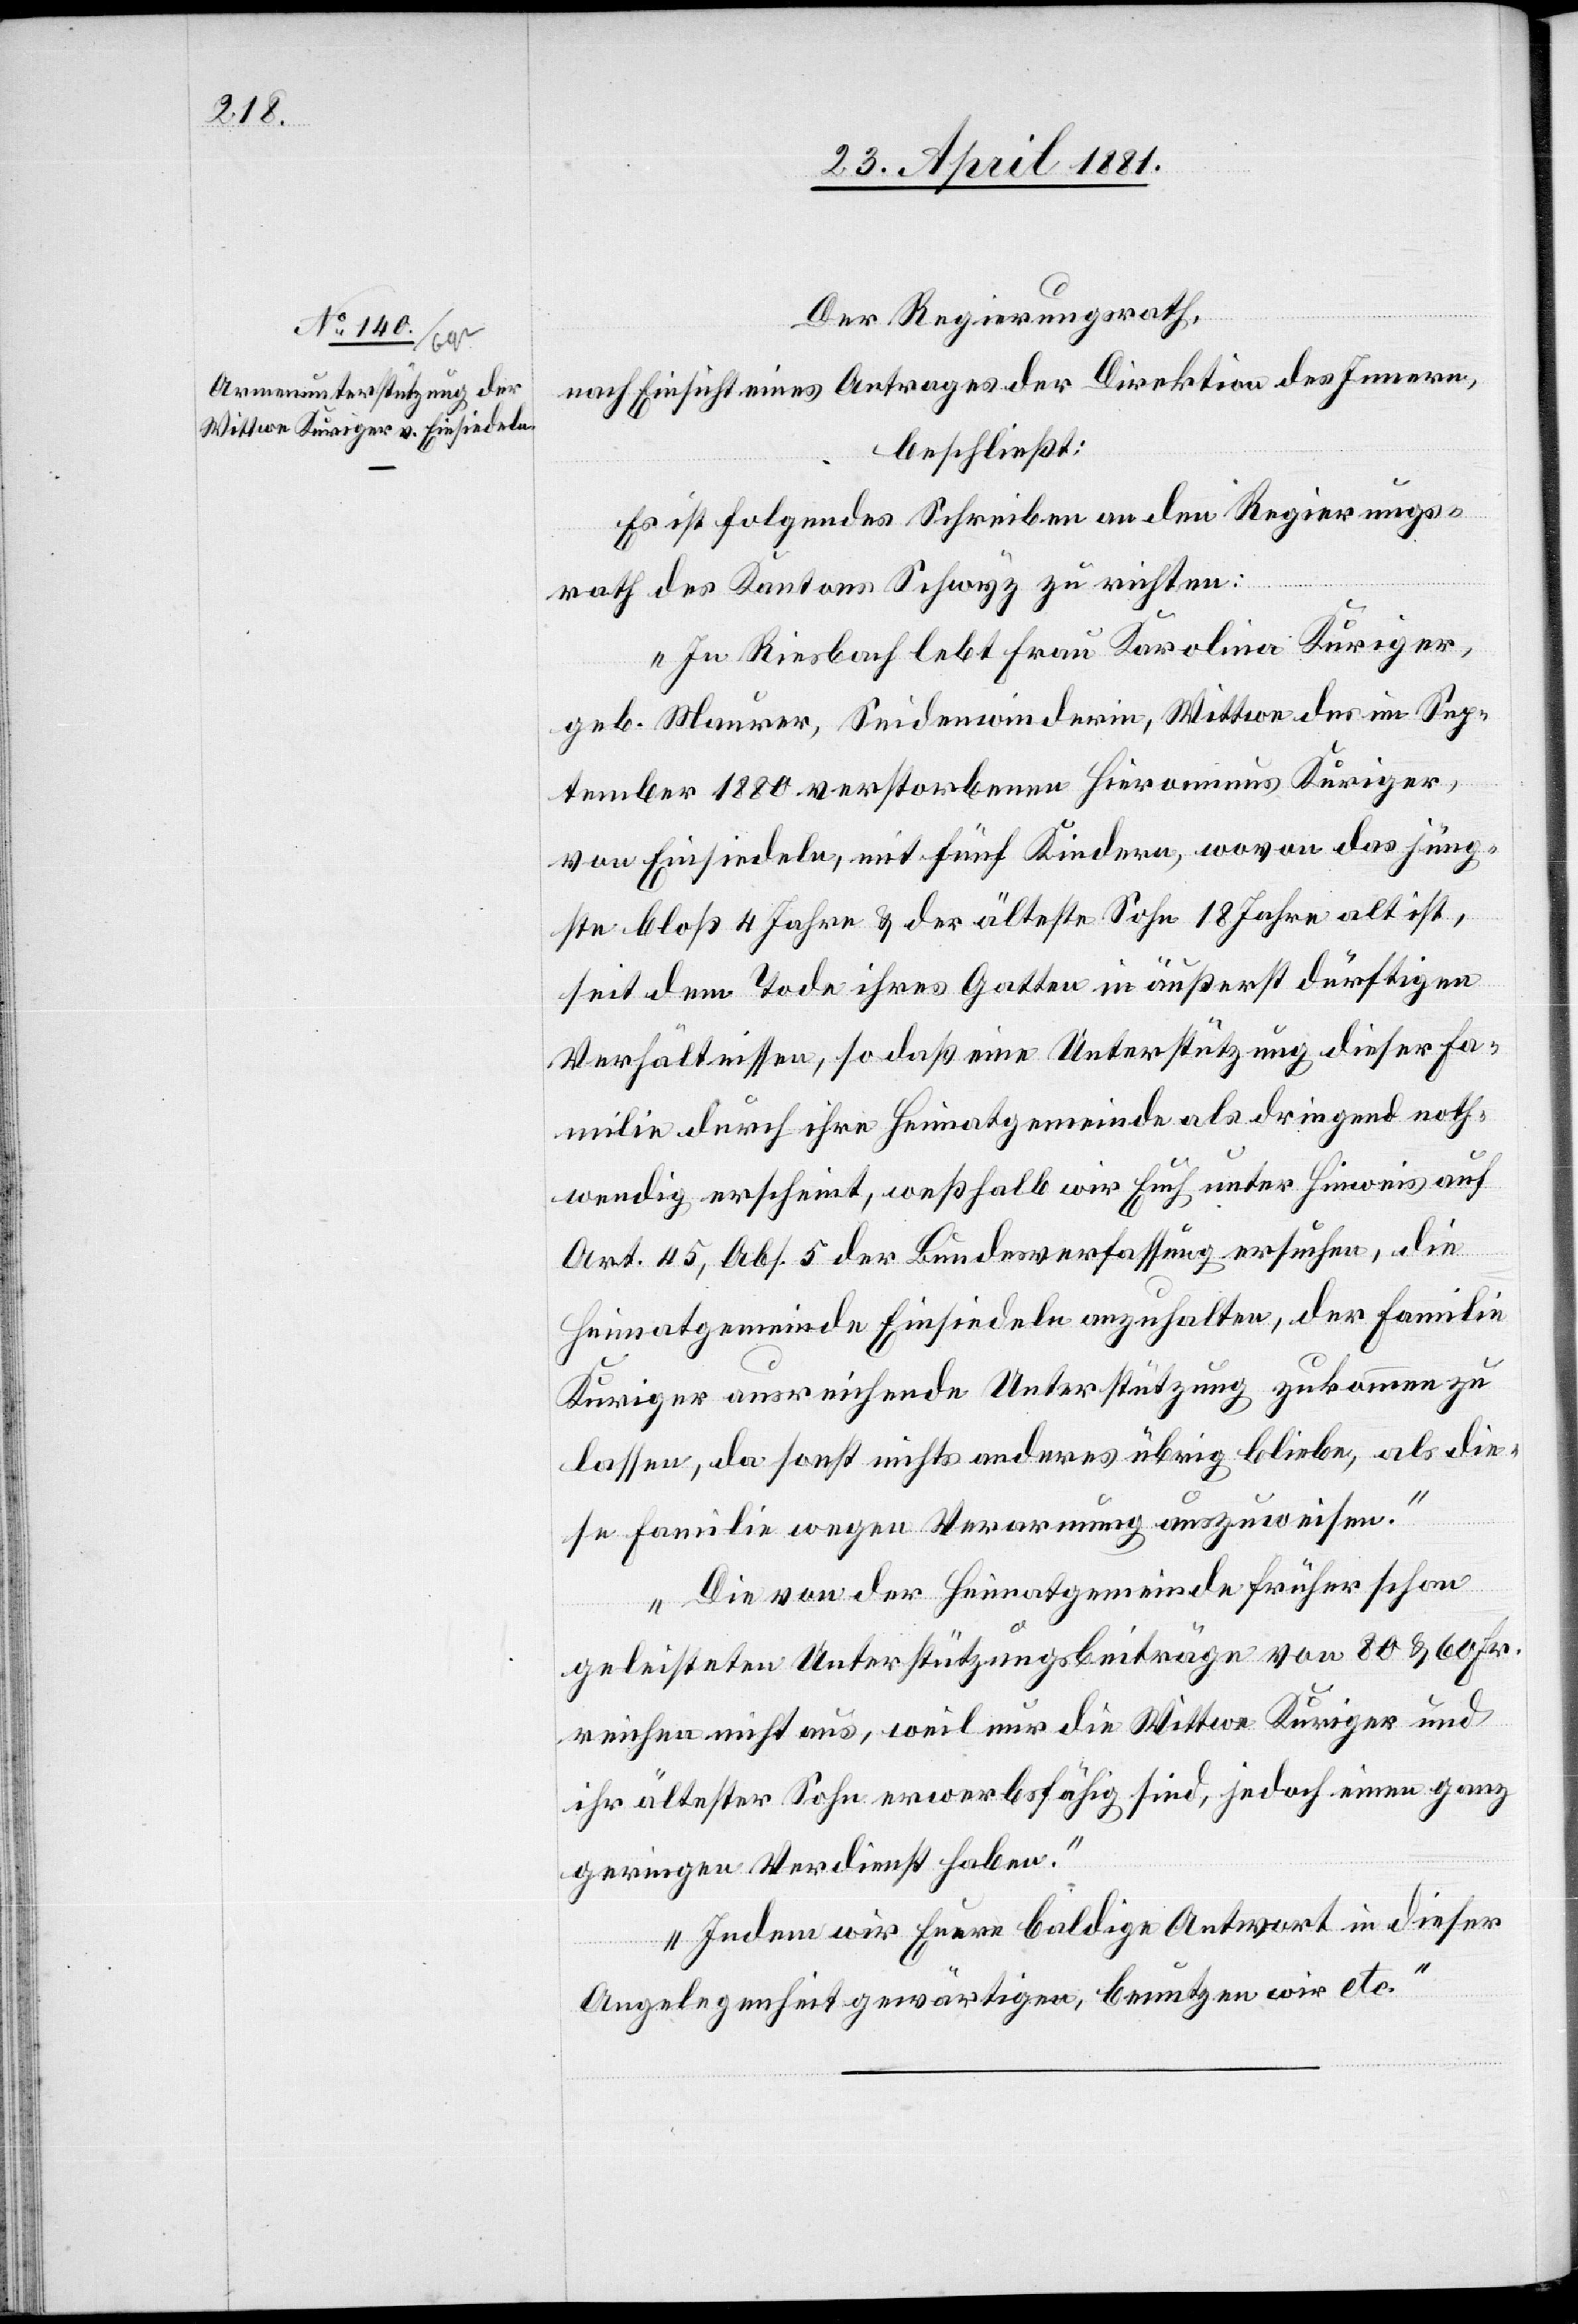
Der Regierungsrath,
nach Einsicht eines Antrages der Direktion des Innern,
beschließt:
Es ist folgendes Schreiben an den Regierungs¬
rath des Kantons Schwyz zu richten:
„In Riesbach lebt Frau Karolina Kuriger,
geb. Maurer, Seidenwinderin, Wittwe des im Sep¬
tember 1880 verstorbenen Hieronimus Kuriger,
von Einsiedeln, mit fünf Kindern, wovon das jüng¬
ste bloß 4 Jahre & der älteste Sohn 18 Jahre alt ist,
seit dem Tode ihres Gatten in äußerst dürftigen
Verhältnissen, so daß eine Unterstützung dieser Fa¬
milie durch ihre Heimatgemeinde als dringend noth¬
wendig erscheint, weßhalb wir Euch unter Hinweis auf
Art. 45, Abs. 5 der Bundesverfassung ersuchen, die
Heimatgemeinde Einsiedeln anzuhalten, der Familie
Kuriger ausreichende Unterstützung zukommen zu
lassen, da sonst nichts anderes übrig bliebe, als die¬
se Familie wegen Verarmung auszuweisen.
Die von der Heimatgemeinde früher schon
geleisteten Unterstützungsbeiträge von 80 & 60 Fr.
reichen nicht aus, weil nur die Wittwe Kuriger und
ihr ältester Sohn erwerbsfähig sind, jedoch einen ganz
geringen Verdienst haben.
Indem wir Euere baldige Antwort in dieser
Angelegenheit gewärtigen, benutzen wir etc.“